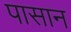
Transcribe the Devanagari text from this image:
पासान